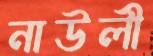
নাউলী